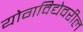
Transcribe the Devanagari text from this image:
योगविद्येवरील